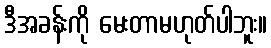
ဒီအခန်းကို မေးတာမဟုတ်ပါဘူး။